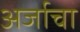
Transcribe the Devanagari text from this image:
अर्जाचा